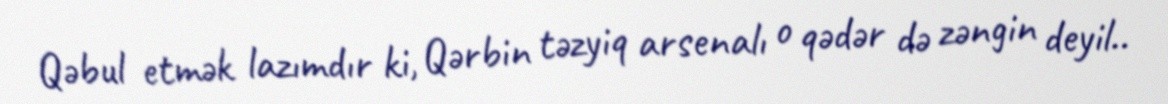
Qəbul etmək lazımdır ki, Qərbin təzyiq arsenalı o qədər də zəngin deyil..